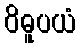
ဝိဓူပယံ